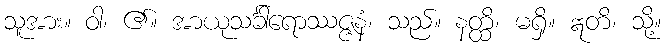
သူအား။ ဝါ၊ ၏။ အာယုသင်္ခါရောဿဇ္ဇနံ၊ သည်။ နတ္ထိ၊ မရှိ။ ဣတိ၊ သို့။